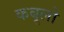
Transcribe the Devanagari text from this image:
कबूलो